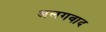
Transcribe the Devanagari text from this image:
अलगवाद